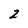
Character: 2